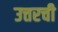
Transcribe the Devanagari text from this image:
उत्तरची